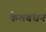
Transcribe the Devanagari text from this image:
केशबंधन